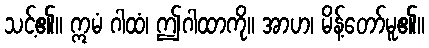
သင့်၏။ ဣမံ ဂါထံ၊ ဤဂါထာကို။ အာဟ၊ မိန့်တော်မူ၏။